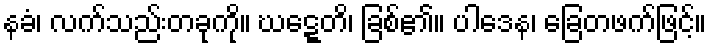
နခံ၊ လက်သည်းတခုကို။ ဃဋ္ဋေတိ၊ ခြစ်၏။ ပါဒေန၊ ခြေတဖက်ဖြင့်။